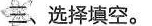
三、选择填空。